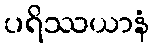
ပရိဿယာနံ